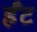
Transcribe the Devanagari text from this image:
र्हँट